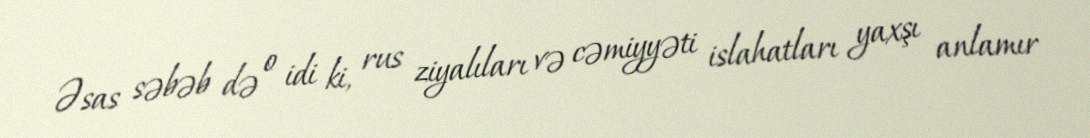
Əsas səbəb də o idi ki, rus ziyalıları və cəmiyyəti islahatları yaxşı anlamır